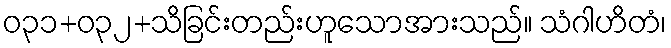
ဝ၃၁+၀၃၂+သိခြင်းတည်းဟူသောအားသည်။ သံဂါဟိတံ၊